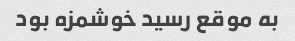
به موقع رسید خوشمزه بود